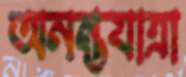
অনন্তযাত্রা